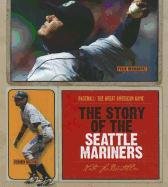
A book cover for The Story of the Seattle Mariners (Baseball: the Great American Game); Nate Leboutillier; Teen & Young Adult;